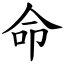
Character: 命